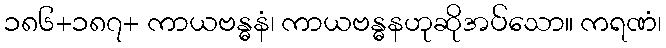
၁၈၆+၁၈၇+ ကာယဗန္ဓနံ၊ ကာယဗန္ဓနဟုဆိုအပ်သော။ ကရဏံ၊